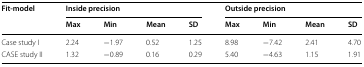
<table><thead><tr><td rowspan="2"><b>Fit-model</b></td><td colspan="4"><b>Inside precision</b></td><td colspan="4"><b>Outside precision</b></td></tr><tr><td><b>Max</b></td><td><b>Min</b></td><td><b>Mean</b></td><td><b>SD</b></td><td><b>Max</b></td><td><b>Min</b></td><td><b>Mean</b></td><td><b>SD</b></td></tr></thead><tbody><tr><td>Case study I</td><td>2.24</td><td>−1.97</td><td>0.52</td><td>1.25</td><td>8.98</td><td>−7.42</td><td>2.41</td><td>4.70</td></tr><tr><td>CASE study II</td><td>1.32</td><td>−0.89</td><td>0.16</td><td>0.29</td><td>5.40</td><td>−4.63</td><td>1.15</td><td>1.91</td></tr></tbody></table>